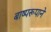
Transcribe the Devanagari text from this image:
बाष्परूपाने